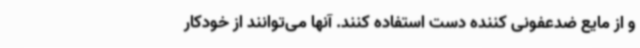
و از مایع ضدعفونی کننده دست استفاده کنند. آنها می‌توانند از خودکار